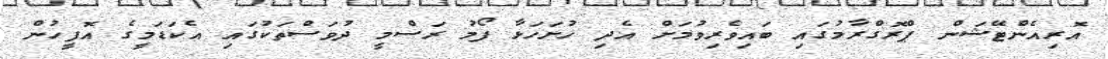
އޮރިއެންޓޭޝަން ޕްރޮގްރާމުގައި ބައިވެރިވުމަށް އެދި ހުށަހަޅާ ފޯމު ރަސްމީ ދުވަސްތަކުގައި އެކަޑަމީގެ އޮފީހުން